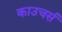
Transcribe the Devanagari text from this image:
काउचर्स